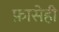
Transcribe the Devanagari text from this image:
फ़ासेही